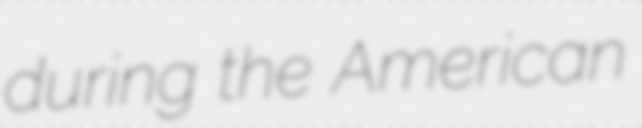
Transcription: during the American